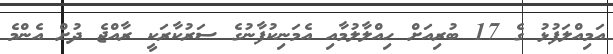
އަމިއްލަފުޅު ގެ 17 ބުރިއަށް ހިއްލާލުމާއި އެމަނިކުފާނުގެ ސަރުކާރަކީ ރާއްޖެ ދުށް އެންމެ